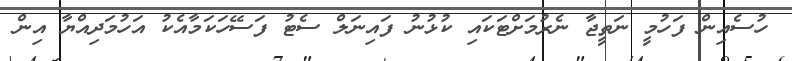
ހުސެއިން ފަހުމީ ނަތީޖާ ނެރުމަށްޓަކައި ކުޅުނު ފައިނަލް ސެޓު ފަސޭހަކަމާއެކު އަހުމަދިއްޔާ އިން